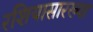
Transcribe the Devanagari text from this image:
रशियासारख्या